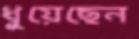
ধুয়েছেন